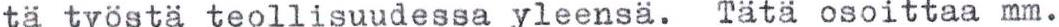
tä työstä teollisuudessa yleensä. Tätä osoittaa mm.